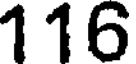
116